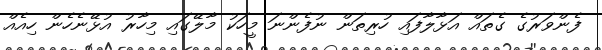
ފެންވަރުގެ ގެތައް އަޅާލާފައި ހުރިތަން ނުފެންނަ މީހަކު މާލޭގައި މިހާރު އުޅޭނެހެން ހިއެއް